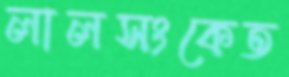
লালসংকেত